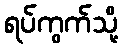
ရပ်ကွက်သို့